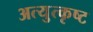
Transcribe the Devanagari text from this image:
अत्युुत्कृष्ट